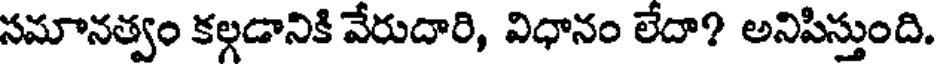
సమానత్వం కల్గడానికి వేరుదారి, విధానం లేదా? అనిపిస్తుంది.